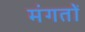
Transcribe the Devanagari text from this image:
मंगतों